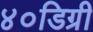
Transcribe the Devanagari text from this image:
४०डिग्री